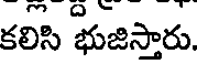
కలిసి భుజిస్తారు.